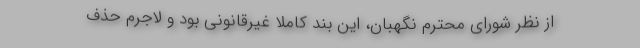
از نظر شورای محترم نگهبان، این بند کاملاً غیرقانونی بود و لاجرم حذف